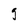
Character: g